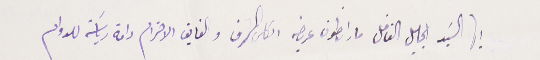
أيها السَيد الجليل الفاضل مار انطون عربضه الكلى الشرف والفايق الاحترام دامة رياسَتة للدوام